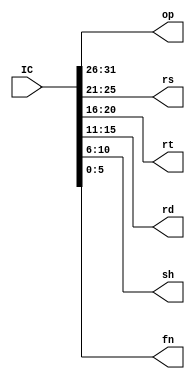
`timescale 1ns/1ns

module Decoder(IC, op, rs, rt, rd, sh, fn);

    input [31:0] IC;
    output reg [5:0] op;
    output reg [4:0] rs;
    output reg [4:0] rt;
    output reg [4:0] rd;
    output reg [4:0] sh;
    output reg [5:0] fn;

    always @(IC) begin
        {op, rs, rt, rd, sh, fn} <= IC;
    end

endmodule